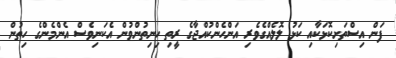
ފަން އިސްތަށިކޮޅަކާއި ކަޅު ލޮލެއްގެވެރި އަންހެންކުއްޖާގެ ރީތި ހިނިތުންވުން އެކަނިވެސް އެންމެންގެ ހިތުން